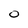
Character: O